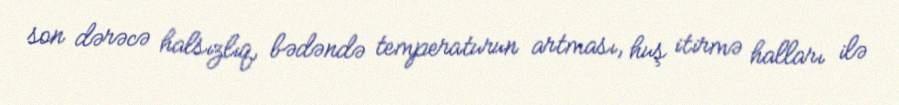
son dərəcə halsızlıq, bədəndə temperaturun artması, huş itirmə halları ilə